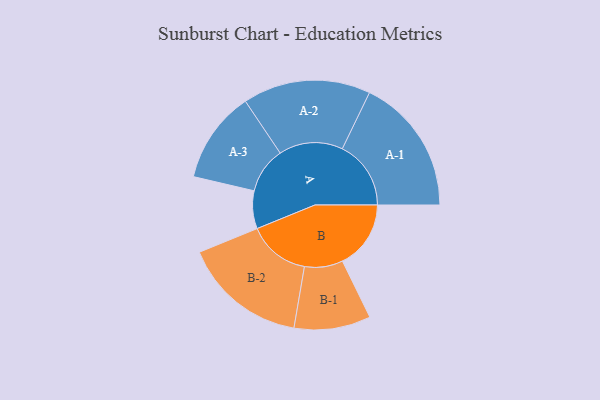
{"axis": {"x": "Segment", "y": "Value"}, "legend": ["", "A", "B"], "data": [{"x": "A", "y": 152, "type": ""}, {"x": "B", "y": 275, "type": ""}, {"x": "A-1", "y": 276, "type": "A"}, {"x": "A-2", "y": 257, "type": "A"}, {"x": "A-3", "y": 185, "type": "A"}, {"x": "B-1", "y": 154, "type": "B"}, {"x": "B-2", "y": 250, "type": "B"}]}